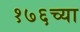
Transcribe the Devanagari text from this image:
१७६च्या